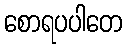
စောရပပါတေ